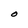
Character: O